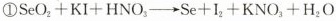
①SeO_{2}+KI+HNO_{3}→Se+I_{2}+KNO_{3}+H_{2}O